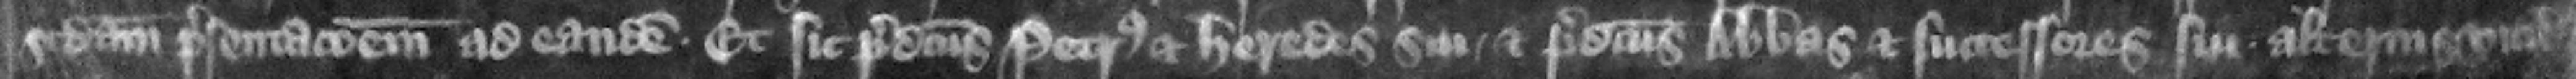
secundam presentacionem ad eandem. et sic predicts Petrus et heredes sui et predictus abbas et successores sui alternis vicibus